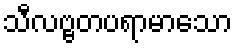
သီလဗ္ဗတပရာမာသော